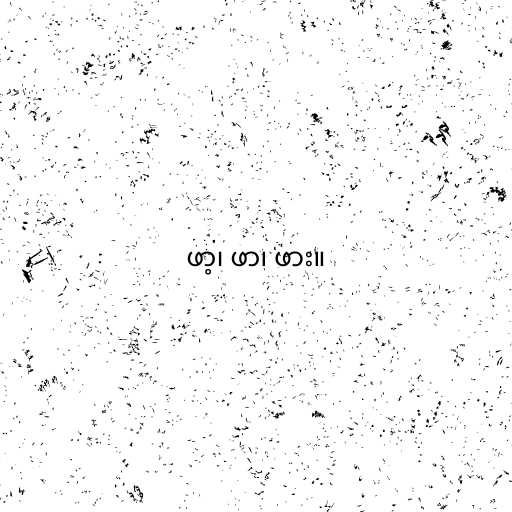
ဖာ့၊ ဖာ၊ ဖား။